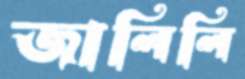
জালিলি